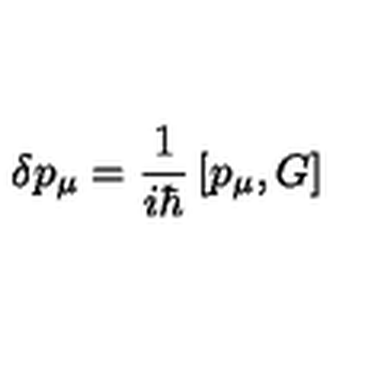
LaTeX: \delta p _ { \mu } = \frac { 1 } { i \hbar } \left[ p _ { \mu } , G \right]